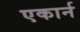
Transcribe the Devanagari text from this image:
एकार्न